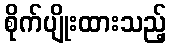
စိုက်ပျိုးထားသည့်